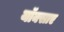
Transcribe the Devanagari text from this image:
यॉक्साए